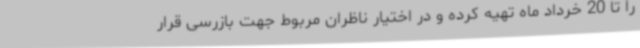
را تا 20 خرداد ماه تهیه کرده و در اختیار ناظران مربوط جهت بازرسی قرار